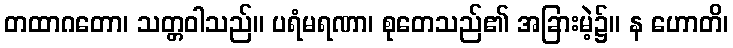
တထာဂတော၊ သတ္တဝါသည်။ ပရံမရဏာ၊ စုတေသည်၏ အခြားမဲ့၌။ န ဟောတိ၊